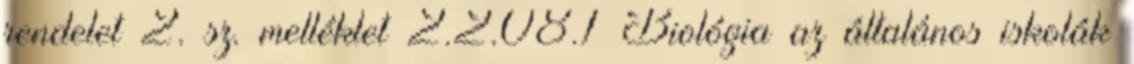
rendelet 2. sz. melléklet 2.2.08.1 Biológia az általános iskolák